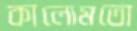
কালোমতো